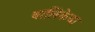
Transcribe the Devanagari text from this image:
बालिकेचा